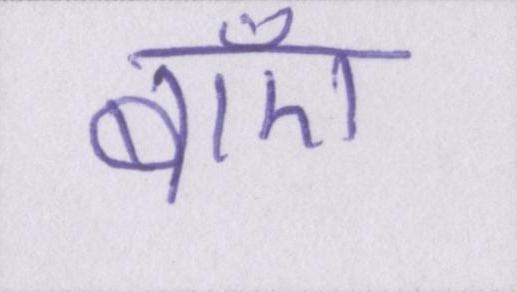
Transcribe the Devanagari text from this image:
बाएँ